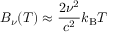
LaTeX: B _ { \nu } ( T ) \approx { \frac { 2 \nu ^ { 2 } } { c ^ { 2 } } } k _ { \mathrm { B } } T